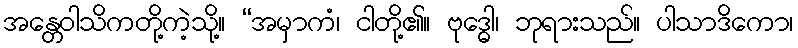
အန္တေဝါသိကတို့ကဲ့သို့။ “အမှာကံ၊ ငါတို့၏။ ဗုဒ္ဓေါ၊ ဘုရားသည်။ ပါသာဒိကော၊